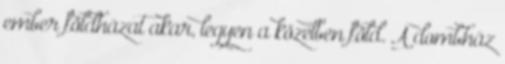
ember földházat akar, legyen a közelben föld. A dombház